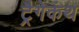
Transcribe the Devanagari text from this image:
ट्रैगेकंथ